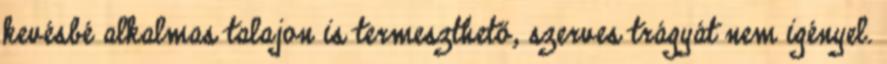
kevésbé alkalmas talajon is termeszthető, szerves trágyát nem igényel.